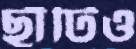
ছাঁটিও